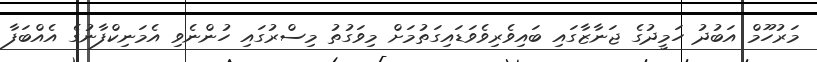
މަރުހޫމް އަބުދު ހަމީދުގެ ޖަނާޒާގައި ބައިވެރިވެވަޑައިގަތުމަށް މިވަގުތު މިސްރުގައި ހުންނެވި އެމަނިކްފާނުގެ އެއްބަފާ